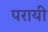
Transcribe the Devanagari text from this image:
परायी